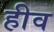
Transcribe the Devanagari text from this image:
हीव